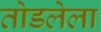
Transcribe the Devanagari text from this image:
तोडलेला